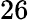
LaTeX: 26